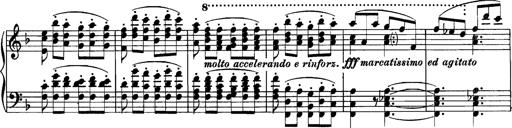
Title: Grandes Etudes
Composer: Franz Liszt